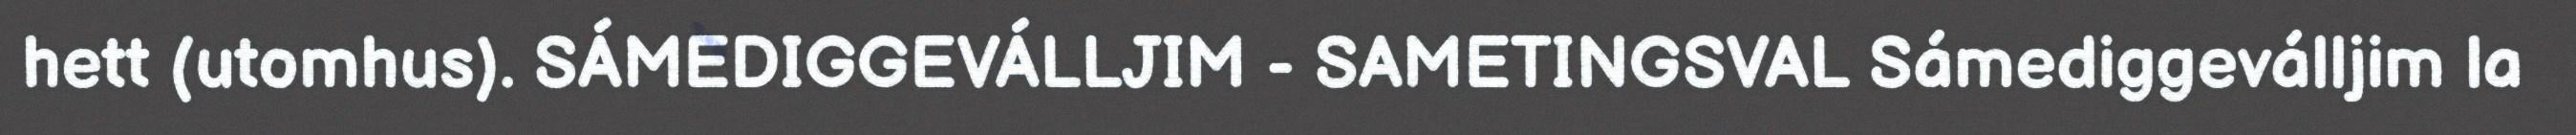
hett (utomhus). SÁMEDIGGEVÁLLJIM - SAMETINGSVAL Sámediggeválljim la